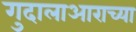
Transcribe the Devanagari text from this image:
गुदालाआराच्या